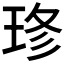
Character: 𤥬